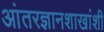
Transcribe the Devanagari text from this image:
आंतरज्ञानशाखांशी